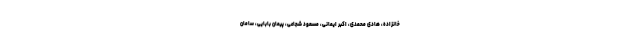
خانزاده، هادی محمدی، اکبر ایمانی، مسعود شجاعی، پیمان بابایی، سامان